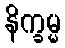
နိက္ခမ္မ